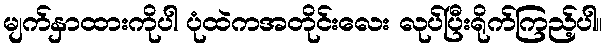
မျက်နှာထားကိုပါ ပုံထဲကအတိုင်းလေး လုပ်ပြီးရိုက်ကြည့်ပါ။